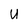
Character: U